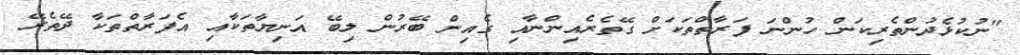
"ނުކުޅެދުންތެރިކަން ހުންނަ ފަރާތްތަކަށް ގޭތެރެއިންނާއި ގެއިން ބޭރުން ލިބޭ އަނިޔާތަކާއި އެފަރާތްތަކާ ދޭތެރޭ